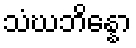
သံဃဘိန္နော